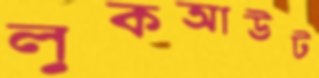
লুকআউট